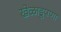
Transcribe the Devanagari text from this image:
खेळाडूपणा